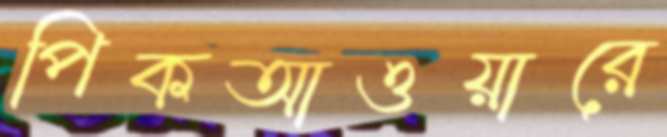
পিকআওয়ারে